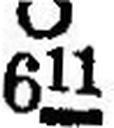
Ο 611